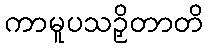
ကာမူပသဉှိတာတိ